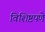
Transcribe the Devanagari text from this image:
विशिष्टपणे